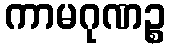
ကာမဂုဏဉ္စ